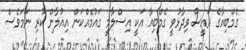
ގެމްބިއާގެ ރައީސް ވިދާޅުވީ ގެމްބިއާ އަކީ އިސްލާމީ ގައުމެއްކަން އިއުލާން ކުރި ނަމަވެސް